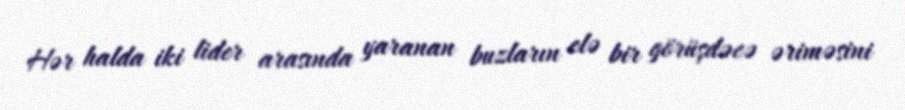
Hər halda iki lider arasında yaranan buzların elə bir görüşdəcə əriməsini